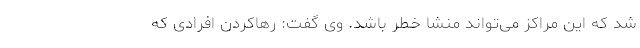
شد که این مراکز می‌تواند منشا خطر باشد. وی گفت: رهاکردن افرادی که